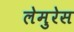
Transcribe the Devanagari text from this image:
लेमुरेस